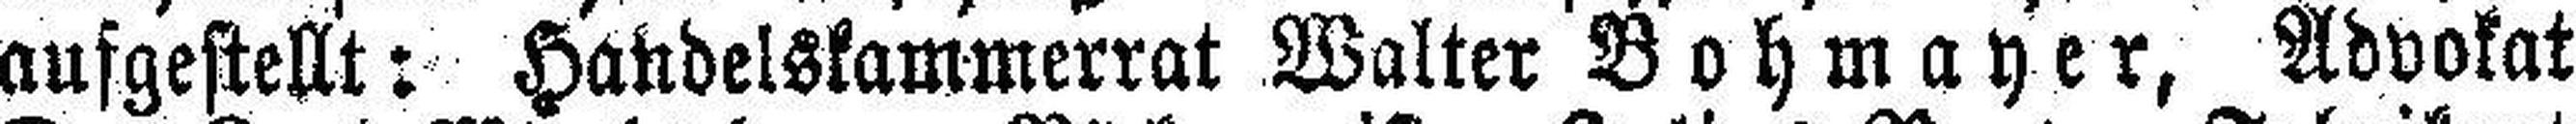
aufgestellt: Handelskammerrat Walter Bohmayer, Advokat